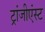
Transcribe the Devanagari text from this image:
ट्रांजीएंस्ट